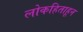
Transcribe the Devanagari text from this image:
लोकहिताहून